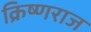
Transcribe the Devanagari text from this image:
क्रिष्णराज